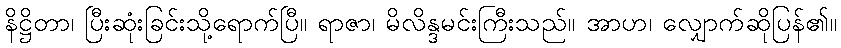
နိဋ္ဌိတာ၊ ပြီးဆုံးခြင်းသို့ရောက်ပြီ။ ရာဇာ၊ မိလိန္ဒမင်းကြီးသည်။ အာဟ၊ လျှောက်ဆိုပြန်၏။